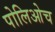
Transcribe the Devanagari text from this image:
पोलिओच